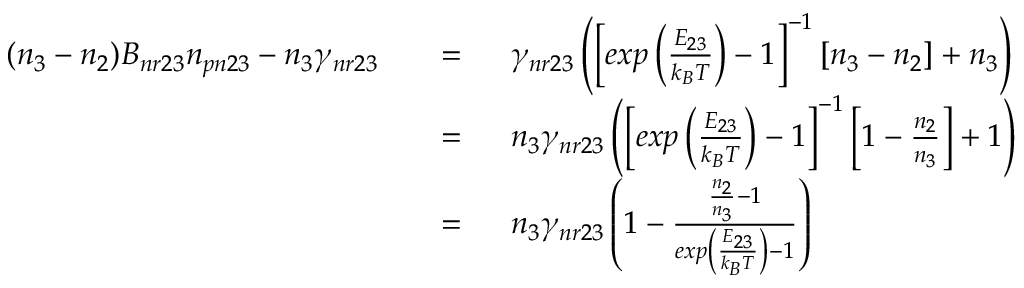
\begin{array} { r l r l } { ( n _ { 3 } - n _ { 2 } ) B _ { n r 2 3 } n _ { p n 2 3 } - n _ { 3 } \gamma _ { n r 2 3 } } & { } & { = \; \; } & { \gamma _ { n r 2 3 } \left( \left[ e x p \left( \frac { E _ { 2 3 } } { k _ { B } T } \right) - 1 \right] ^ { - 1 } \left[ n _ { 3 } - n _ { 2 } \right] + n _ { 3 } \right) } \\ & { } & { = \; \; } & { n _ { 3 } \gamma _ { n r 2 3 } \left( \left[ e x p \left( \frac { E _ { 2 3 } } { k _ { B } T } \right) - 1 \right] ^ { - 1 } \left[ 1 - \frac { n _ { 2 } } { n _ { 3 } } \right] + 1 \right) } \\ & { } & { = \; \; } & { n _ { 3 } \gamma _ { n r 2 3 } \left( 1 - \frac { \frac { n _ { 2 } } { n _ { 3 } } - 1 } { e x p \left( \frac { E _ { 2 3 } } { k _ { B } T } \right) - 1 } \right) } \end{array}